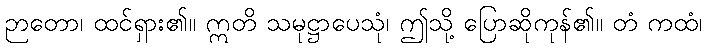
ဉာတော၊ ထင်ရှား၏။ ဣတိ သမုဋ္ဌာပေသုံ၊ ဤသို့ ပြောဆိုကုန်၏။ တံ ကထံ၊